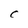
Character: C